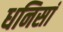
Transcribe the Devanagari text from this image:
धनिसां